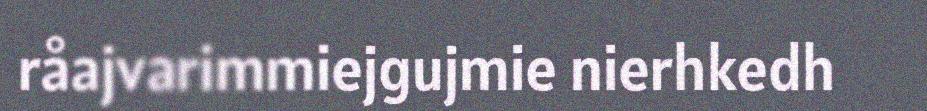
råajvarimmiejgujmie nierhkedh